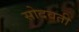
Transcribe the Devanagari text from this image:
सोदवती